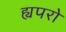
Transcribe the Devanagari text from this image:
ह्यपरो